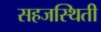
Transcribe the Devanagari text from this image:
सहजस्थिती